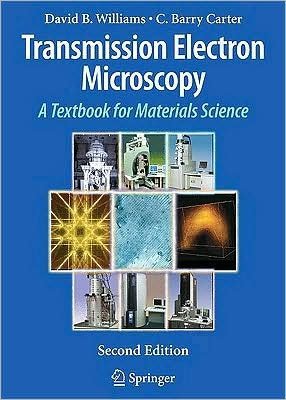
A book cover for D. B. Williams's C. Barry Carter's Transmission Electron Microscopy 2nd(Second) edition (Transmission Electron Microscopy: A Textbook for Materials Science [Hardcover])(2009); D. B. Williams C. Barry Carter; Science & Math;